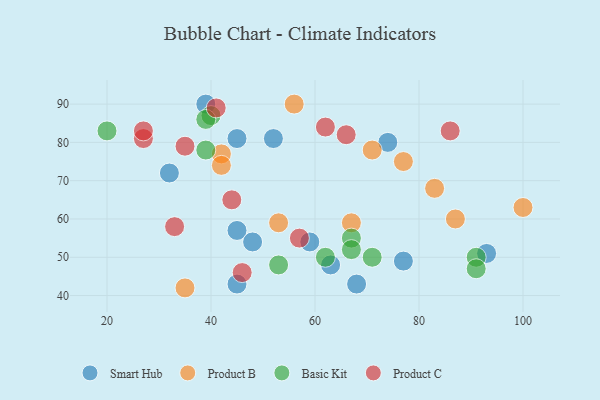
{"axis": {"x": "GDP", "y": "Life Expectancy"}, "legend": ["Basic Kit", "Product B", "Product C", "Smart Hub"], "data": [{"x": "59", "y": 54, "type": "Smart Hub"}, {"x": "74", "y": 80, "type": "Smart Hub"}, {"x": "45", "y": 57, "type": "Smart Hub"}, {"x": "77", "y": 49, "type": "Smart Hub"}, {"x": "93", "y": 51, "type": "Smart Hub"}, {"x": "48", "y": 54, "type": "Smart Hub"}, {"x": "63", "y": 48, "type": "Smart Hub"}, {"x": "45", "y": 43, "type": "Smart Hub"}, {"x": "68", "y": 43, "type": "Smart Hub"}, {"x": "45", "y": 81, "type": "Smart Hub"}, {"x": "32", "y": 72, "type": "Smart Hub"}, {"x": "39", "y": 90, "type": "Smart Hub"}, {"x": "52", "y": 81, "type": "Smart Hub"}, {"x": "83", "y": 68, "type": "Product B"}, {"x": "100", "y": 63, "type": "Product B"}, {"x": "35", "y": 42, "type": "Product B"}, {"x": "53", "y": 59, "type": "Product B"}, {"x": "42", "y": 77, "type": "Product B"}, {"x": "71", "y": 78, "type": "Product B"}, {"x": "42", "y": 74, "type": "Product B"}, {"x": "87", "y": 60, "type": "Product B"}, {"x": "77", "y": 75, "type": "Product B"}, {"x": "56", "y": 90, "type": "Product B"}, {"x": "67", "y": 59, "type": "Product B"}, {"x": "40", "y": 87, "type": "Basic Kit"}, {"x": "91", "y": 50, "type": "Basic Kit"}, {"x": "71", "y": 50, "type": "Basic Kit"}, {"x": "39", "y": 78, "type": "Basic Kit"}, {"x": "67", "y": 55, "type": "Basic Kit"}, {"x": "53", "y": 48, "type": "Basic Kit"}, {"x": "39", "y": 86, "type": "Basic Kit"}, {"x": "91", "y": 47, "type": "Basic Kit"}, {"x": "67", "y": 52, "type": "Basic Kit"}, {"x": "20", "y": 83, "type": "Basic Kit"}, {"x": "62", "y": 50, "type": "Basic Kit"}, {"x": "41", "y": 89, "type": "Product C"}, {"x": "35", "y": 79, "type": "Product C"}, {"x": "33", "y": 58, "type": "Product C"}, {"x": "46", "y": 46, "type": "Product C"}, {"x": "86", "y": 83, "type": "Product C"}, {"x": "62", "y": 84, "type": "Product C"}, {"x": "44", "y": 65, "type": "Product C"}, {"x": "27", "y": 81, "type": "Product C"}, {"x": "27", "y": 83, "type": "Product C"}, {"x": "66", "y": 82, "type": "Product C"}, {"x": "57", "y": 55, "type": "Product C"}]}